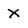
Character: X